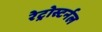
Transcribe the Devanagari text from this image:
रेट्रोस्टर्नल